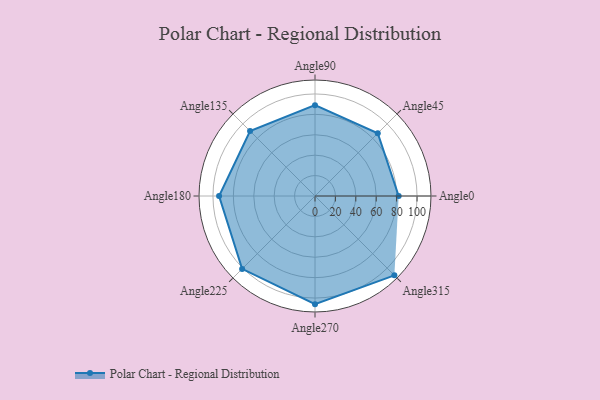
{"axis": {"x": "Angle", "y": "Radius"}, "legend": [""], "data": [{"x": "Angle0", "y": 82.0, "type": ""}, {"x": "Angle45", "y": 87.0, "type": ""}, {"x": "Angle90", "y": 89.0, "type": ""}, {"x": "Angle135", "y": 90.0, "type": ""}, {"x": "Angle180", "y": 94.0, "type": ""}, {"x": "Angle225", "y": 101.0, "type": ""}, {"x": "Angle270", "y": 106.0, "type": ""}, {"x": "Angle315", "y": 110.0, "type": ""}]}